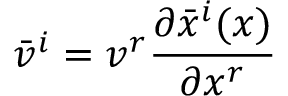
{ \bar { v } } ^ { i } = v ^ { r } { \frac { \partial { \bar { x } } ^ { i } ( x ) } { \partial x ^ { r } } }